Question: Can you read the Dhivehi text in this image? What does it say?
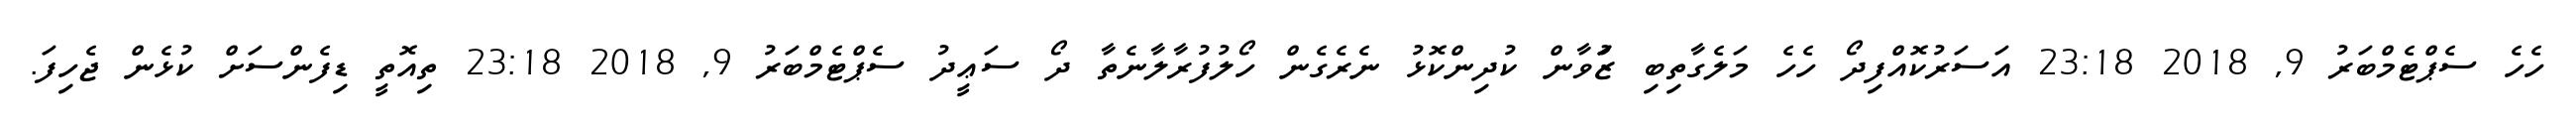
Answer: ހެހެ ސެޕްޓެމްބަރު 9, 2018 23:18 އަސަރުކޮއްފިދޯ ހެހެ މަލެގާތިބި ޒުަަވާން ކުދިންކޮޅު ނެރެގެން ހޯލުފުރާލާނެތާ ދޯ ސަޢީދު ސެޕްޓެމްބަރު 9, 2018 23:18 ތިއޮތީ ޑިފެންސަށް ކުޅެން ޖެހިފަ.